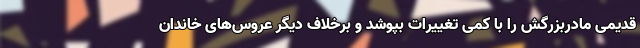
قدیمی مادربزرگش را با کمی تغییرات بپوشد و برخلاف دیگر عروس‌های خاندان